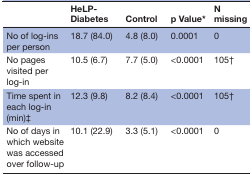
<table><thead><tr><td></td><td><b>HeLP-Diabetes</b></td><td><b>Control</b></td><td><b>p Value*</b></td><td><b>N missing</b></td></tr></thead><tbody><tr><td>No of log-ins per person</td><td>18.7 (84.0)</td><td>4.8 (8.0)</td><td>0.0001</td><td>0</td></tr><tr><td>No pages visited per log-in</td><td>10.5 (6.7)</td><td>7.7 (5.0)</td><td>&lt;0.0001</td><td>105†</td></tr><tr><td>Time spent in each log-in (min)‡</td><td>12.3 (9.8)</td><td>8.2 (8.4)</td><td>&lt;0.0001</td><td>105†</td></tr><tr><td>No of days in which website was accessed over follow-up</td><td>10.1 (22.9)</td><td>3.3 (5.1)</td><td>&lt;0.0001</td><td>0</td></tr></tbody></table>